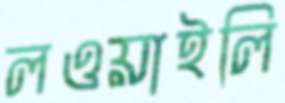
লওয়াইলি